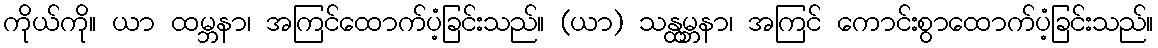
ကိုယ်ကို။ ယာ ထမ္ဘနာ၊ အကြင်ထောက်ပံ့ခြင်းသည်။ (ယာ) သန္ထမ္ဘနာ၊ အကြင် ကောင်းစွာထောက်ပံ့ခြင်းသည်။